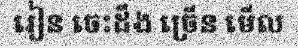
រៀន ចេះដឹង ច្រើន មើល